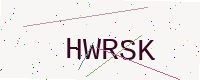
Text: HWRSK